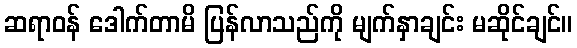
ဆရာဝန် ဒေါက်တာမိ ပြန်လာသည်ကို မျက်နှာချင်း မဆိုင်ချင်။